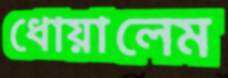
ধোয়ালেম